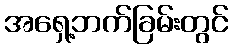
အရှေ့ဘက်ခြမ်းတွင်